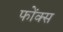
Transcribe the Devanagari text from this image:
फोंक्स